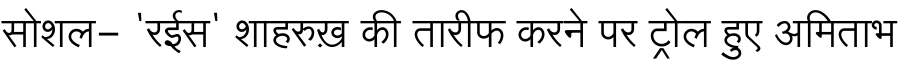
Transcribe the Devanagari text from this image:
सोशल- 'रईस' शाहरुख़ की तारीफ करने पर ट्रोल हुए अमिताभ